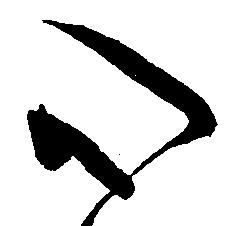
心